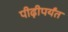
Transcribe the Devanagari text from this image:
पीढ़ीपर्यंत